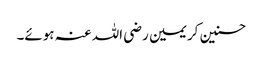
حسنین کریمین رضی اللہ عنہ ہوئے۔